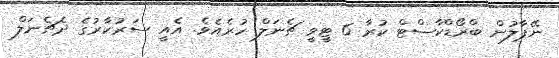
ނޭޕާލުން ބްރޯޑްކާސްޓް ކުރާ 6 ޓީވީ ޗެނަލް ހުރެއެވެ. އެއީ ސަރުކާރުގެ ދެޗެނަލް